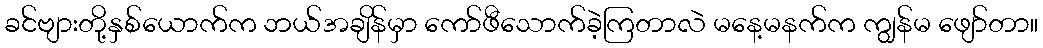
ခင်ဗျားတို့နှစ်ယောက်က ဘယ်အချိန်မှာ ကော်ဖီသောက်ခဲ့ကြတာလဲ မနေ့မနက်က ကျွန်မ ဖျော်တာ။